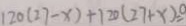
1 2 0 ( 2 7 - x ) + 1 2 0 ( 2 7 + x ) = 0